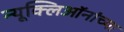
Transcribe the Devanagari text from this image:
न्यूक्लिऑनांच्या